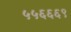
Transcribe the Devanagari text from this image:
५५६६६९